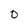
Character: 0